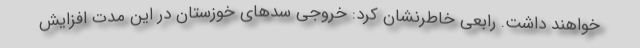
خواهند داشت. رابعی خاطرنشان کرد: خروجی سدهای خوزستان در این مدت افزایش